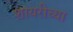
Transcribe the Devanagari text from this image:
शायरीच्या